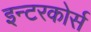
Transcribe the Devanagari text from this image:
इन्टरकोर्स